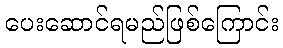
ပေးဆောင်ရမည်ဖြစ်ကြောင်း